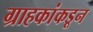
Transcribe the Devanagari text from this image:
ग्राहकांकडून